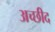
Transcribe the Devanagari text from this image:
अच्छीद